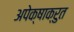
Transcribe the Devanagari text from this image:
अपेक्षाक्रुत